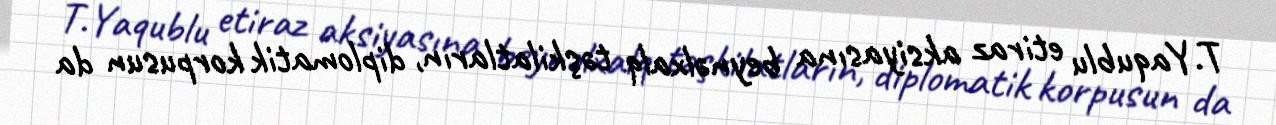
T.Yaqublu etiraz aksiyasına beynəlxalq təşkilatların, diplomatik korpusun da